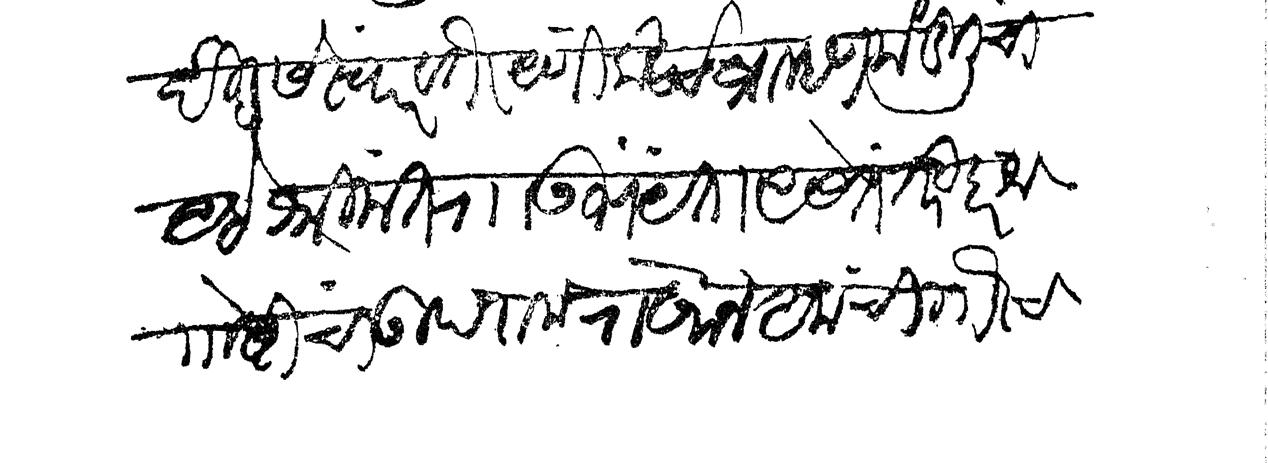
Transliteration (Devanagari): दीडसे स्वार वगैरे आणि खर्च ब्राम्हण मंडलीचा आहे श्रीमंत राा उभयता असले तरी हरक गोष्टींचा उपराला राखीन आमचा गौरच